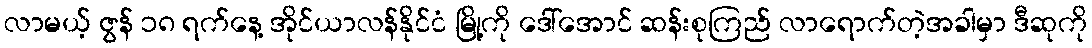
လာမယ့် ဇွန် ၁၈ ရက်နေ့ အိုင်ယာလန်နိုင်ငံ မြို့ကို ဒေါ်အောင် ဆန်းစုကြည် လာရောက်တဲ့အခါမှာ ဒီဆုကို